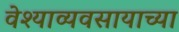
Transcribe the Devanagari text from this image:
वेश्याव्यवसायाच्या